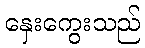
နှေးကွေးသည်